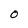
Character: O